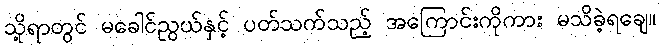
သို့ရာတွင် မခေါင်ညွယ်နှင့် ပတ်သက်သည့် အကြောင်းကိုကား မသိခဲ့ရချေ။